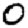
Digit: 0